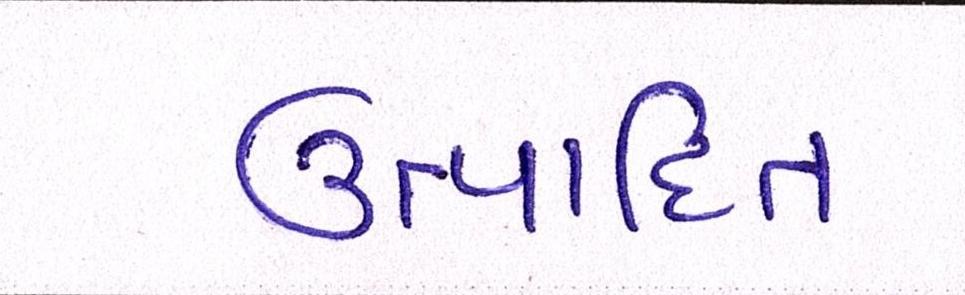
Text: ઉત્પાદિત